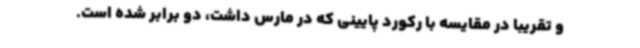
و تقریبا در مقایسه با رکورد پایینی که در مارس داشت، دو برابر شده است.